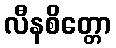
လီနစိတ္တော